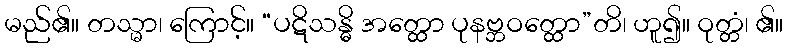
မည်၏။ တသ္မာ၊ ကြောင့်။ “ပဋိသန္ဓိ အတ္ထော ပုနဗ္ဘဝတ္ထော”တိ၊ ဟူ၍။ ဝုတ္တံ၊ ၏။